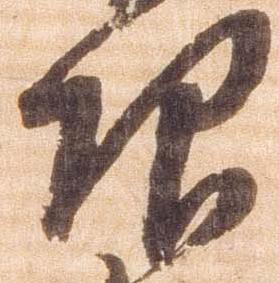
仰